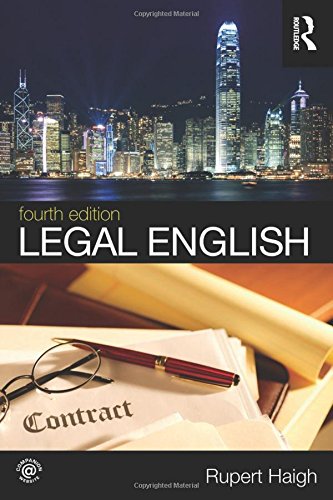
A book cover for Legal English; Rupert Haigh; Law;